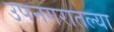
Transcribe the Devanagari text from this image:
उपनगरातल्या